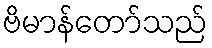
ဗိမာန်တော်သည်